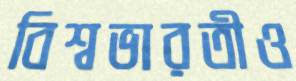
বিশ্বভারতীও